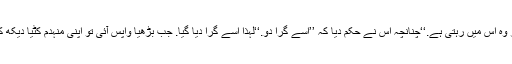
‘‘کہا گیا کہ ’’یہ ایک بڑھیا کی ہے اور وہ اس میں رہتی ہے.‘‘چنانچہ اس نے حکم دیا کہ ’’اسے گرا دو.‘‘لہٰذا اسے گرا دیا گیا. جب بڑھیا واپس آئی تو اپنی منہدم کٹیا دیکھ کر پوچھا کہ ’’اسے کس نے گرایا ہے؟